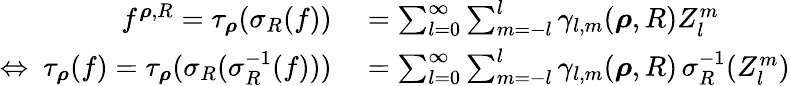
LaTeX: \begin{array}{rl}{f^{{\boldsymbol\rho},R}=\tau_{\boldsymbol\rho}(\sigma_{R}(f))}&{{}=\sum_{l=0}^{\infty}\sum_{m=-l}^{l}\gamma_{l,m}({\boldsymbol\rho},R)Z_{l}^{m}}\\ {\Leftrightarrow~\tau_{\boldsymbol\rho}(f)=\tau_{\boldsymbol\rho}(\sigma_{R}(\sigma_{R}^{-1}(f)))}&{{}=\sum_{l=0}^{\infty}\sum_{m=-l}^{l}\gamma_{l,m}({\boldsymbol\rho},R)\, \sigma_{R}^{-1}(Z_{l}^{m})}\end{array}